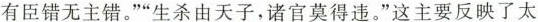
有臣错无主错。”“生杀由天子，诸官莫得违。”这主要反映了太